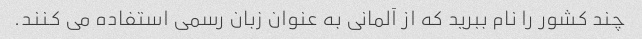
چند کشور را نام ببرید که از آلمانی به عنوان زبان رسمی استفاده می کنند.